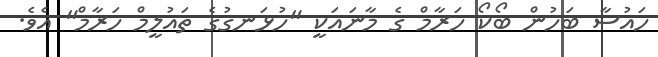
ހައުސާ ބަހުން ބޯކޯ ހަރާމް ގެ މާނައަކީ "ހުޅަނގުގެ ތައުލީމް ހަރާމް" އެވެ.